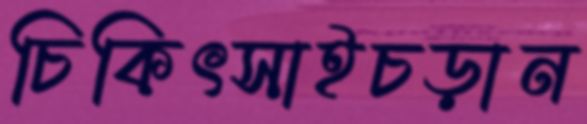
চিকিৎসাইচড়ান